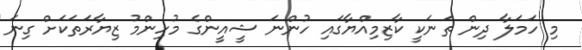
މި ހަމަލާ ދިން ތަނަކީ ކާޒިމިއްޔާގައި ހުންނަ ޝީއީންގެ މުހިންމު ޒިޔާރަތަކަށް ގިނަ